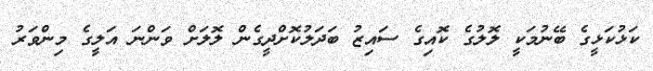
ކަޅުކަޅީގެ ބޭނުމަކީ ލޮލުގެ ކޮއިގެ ސައިޒު ބަދަލުކޮށްދީގެން ލޮލަށް ވަންނަ އަލީގެ މިންވަރު